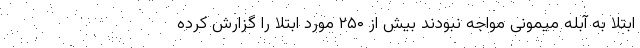
ابتلا به آبله میمونی مواجه نبودند بیش از ۲۵۰ مورد ابتلا را گزارش کرده